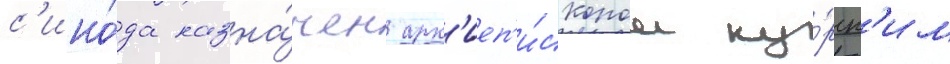
с'ино́да назна́чен арх'иеп'и́скопом ку́рск'им